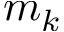
m _ { k }